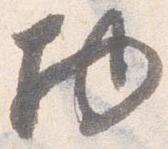
物